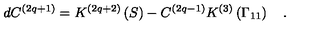
d C ^ { \left( 2 q + 1 \right) } = K ^ { \left( 2 q + 2 \right) } \left( S \right) - C ^ { \left( 2 q - 1 \right) } K ^ { \left( 3 \right) } \left( \Gamma _ { 1 1 } \right) \quad .